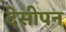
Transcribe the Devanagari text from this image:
देसीपन